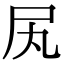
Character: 㞍